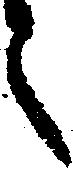
之